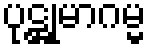
ပုဋ္ဌုမာဂမ္မ